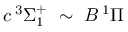
c \, ^ { 3 } \Sigma _ { 1 } ^ { + } \ \sim \ B \, ^ { 1 } \Pi